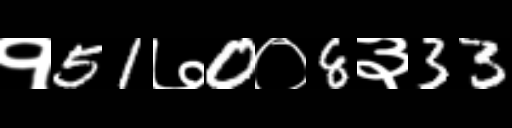
Text: १51७0०8३33